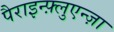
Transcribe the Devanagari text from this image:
पैराइन्फ़्लुएन्ज़ा